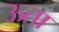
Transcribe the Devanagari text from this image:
ऊता